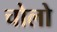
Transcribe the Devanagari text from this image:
चोलो